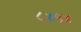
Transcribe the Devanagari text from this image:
८४१४